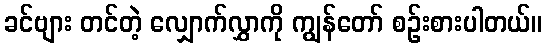
ခင်ဗျား တင်တဲ့ လျှောက်လွှာကို ကျွန်တော် စဉ်းစားပါတယ်။